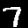
Label: 7